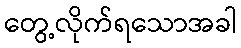
တွေ့လိုက်ရသောအခါ